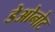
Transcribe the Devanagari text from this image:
डेओनोट